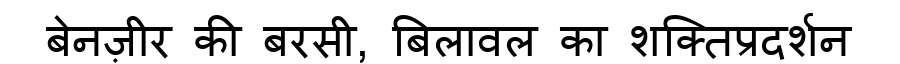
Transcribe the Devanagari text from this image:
बेनज़ीर की बरसी, बिलावल का शक्तिप्रदर्शन